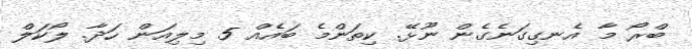
ބްރޯ މާ އެނގިގަނެގެން ނޫޅޭ. ކިތަންމެ ބައެއް 5 މިލިއަން ހަދާ. ލޯކަލް